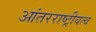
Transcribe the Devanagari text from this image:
आंतरराष्ट्रीयत्व